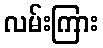
လမ်းကြား